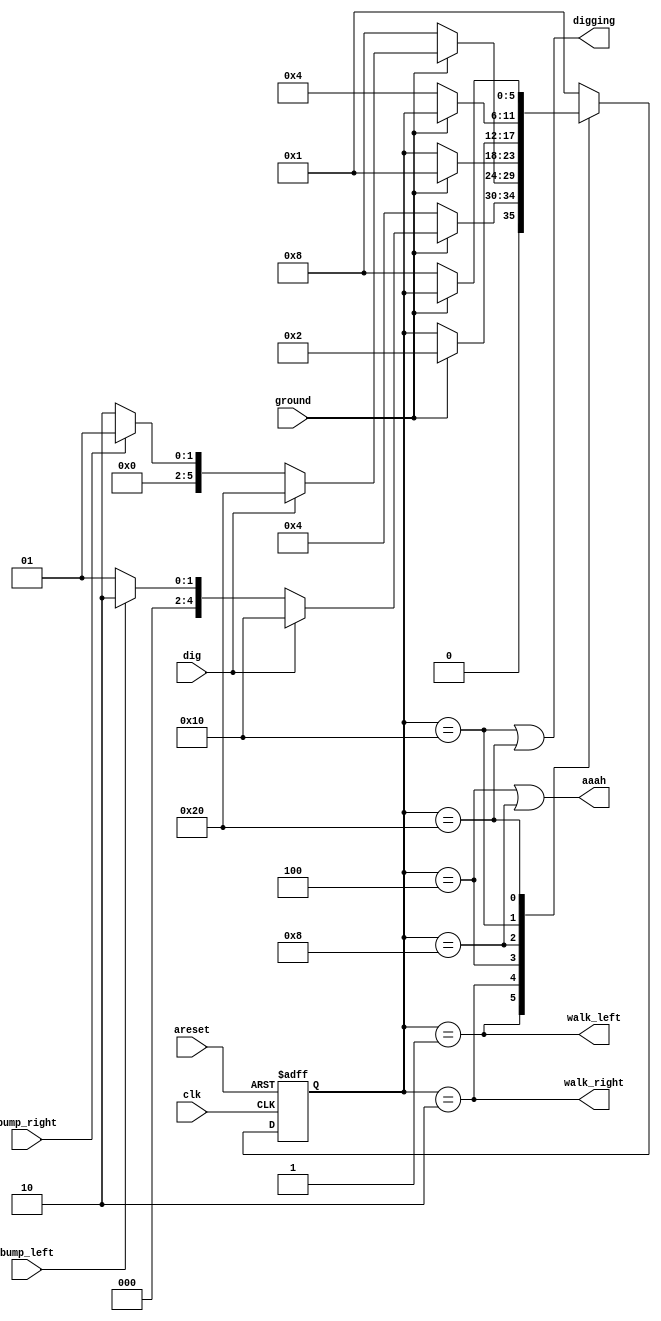
module top_module(
    input clk,
    input areset,    // Freshly brainwashed Lemmings walk left.
    input bump_left,
    input bump_right,
    input ground,
    input dig,
    output walk_left,
    output walk_right,
    output aaah,
    output digging );  
    
    parameter   LEFT      = 6'b000001,
                RIGHT     = 6'b000010,
                LEFT_FALL = 6'b000100,
                RIGHT_FALL= 6'b001000,
                LEFT_DIG  = 6'b010000,
                RIGHT_DIG = 6'b100000;
    reg [5:0] state,next_state;
    
    always @(*) begin
        case(state)
            LEFT:
                if(ground)
                    next_state=dig?LEFT_DIG:(bump_left?RIGHT:LEFT);
                else
                    next_state=LEFT_FALL;
            RIGHT:
                if(ground)
                    next_state=dig?RIGHT_DIG:(bump_right?LEFT:RIGHT);
                else
                    next_state=RIGHT_FALL;
            LEFT_FALL:
                if(ground)
                    next_state=LEFT;
                else
                    next_state=state;
            RIGHT_FALL:
                if(ground)
                    next_state=RIGHT;
                else
                    next_state=state;
            LEFT_DIG:
                if(ground)
                    next_state=state;
                else
                    next_state=LEFT_FALL;
            RIGHT_DIG:
                if(ground)
                    next_state=state;
                else
                    next_state=RIGHT_FALL;
            default:
                    next_state=LEFT;
        endcase
    end
    
    always @(posedge clk or posedge areset) begin
        if(areset) state<=LEFT;
        else       state<=next_state;
    end
        assign walk_left =(state==LEFT);
        assign walk_right=(state==RIGHT);
        assign aaah      =(state==LEFT_FALL|state==RIGHT_FALL);
        assign digging   =(state==LEFT_DIG|state==RIGHT_DIG);
            
endmodule